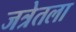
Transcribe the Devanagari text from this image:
जत्रेतला